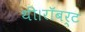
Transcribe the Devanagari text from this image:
थी।रॉबर्ट